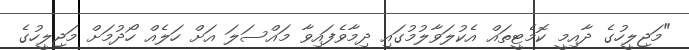
"މަޖިލީހުގެ ދާއިމީ ކޮމެޓީތައް އެކުލަވާލުމުގައި ދިމާވެފައިވާ މައްސަލަ އަށް ހަލެއް ހޯދުމަށް މަޖިލީހުގެ